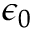
\epsilon _ { 0 }